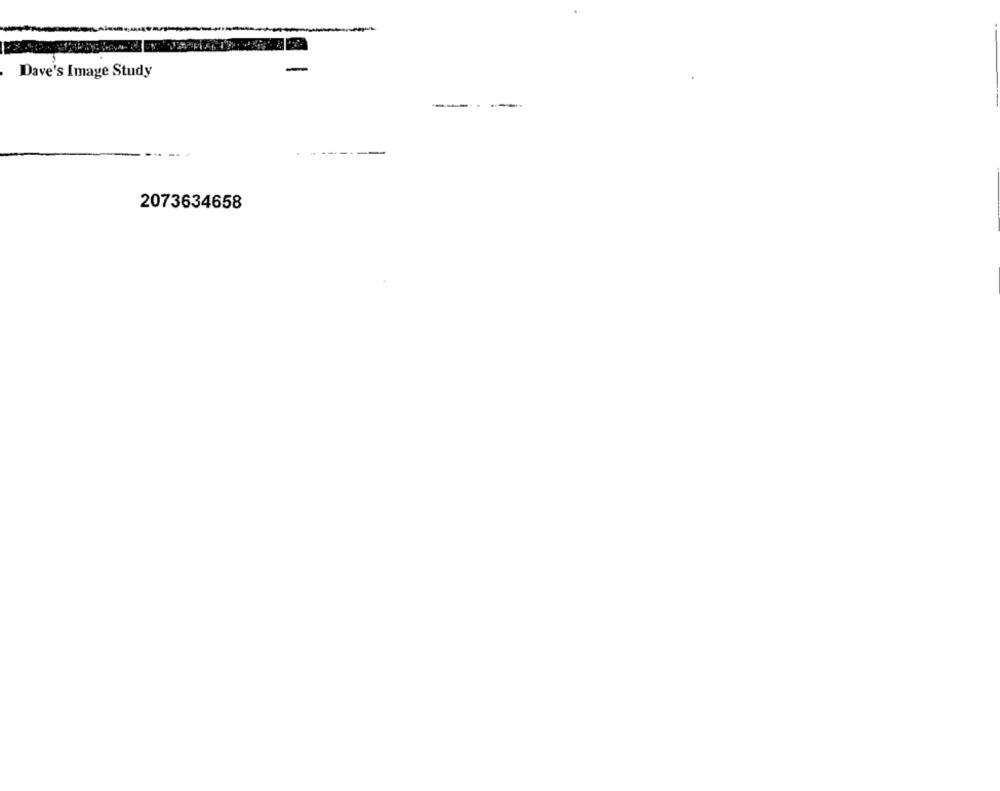
Dave's Image Study
2073634658